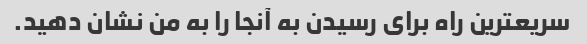
سریعترین راه برای رسیدن به آنجا را به من نشان دهید.